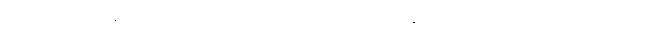
ဦးပဏ္ဍိလေးဘဝနဲ့ သူရေးတဲ့စာ လက်သံပြောင်တဲ့အတွက် မြန်မာပြည်မှာ ပထမဆုံးလောက်ကျတဲ့